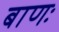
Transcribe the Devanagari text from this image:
बाणः